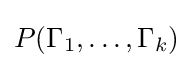
P(\Gamma _{1},\dots ,\Gamma _{k})